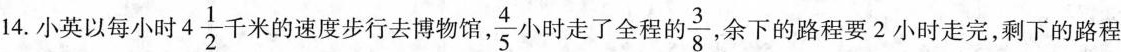
14.小英以每小时4\frac{1}{2}千米的速度步行去博物馆，\frac{4}{5}小时走了全程的\frac{3}{8}，余下的路程要2小时走完，剩下的路程